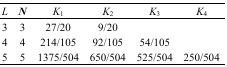
<table><thead><tr><td><b><i>L</i></b></td><td><b><i>N</i></b></td><td><b><i>K</i><sub>1</sub></b></td><td><b><i>K</i><sub>2</sub></b></td><td><b><i>K</i><sub>3</sub></b></td><td><b><i>K</i><sub>4</sub></b></td></tr></thead><tbody><tr><td>3</td><td>3</td><td>27/20</td><td>9/20</td><td></td><td></td></tr><tr><td>4</td><td>4</td><td>214/105</td><td>92/105</td><td>54/105</td><td></td></tr><tr><td>5</td><td>5</td><td>1375/504</td><td>650/504</td><td>525/504</td><td>250/504</td></tr></tbody></table>